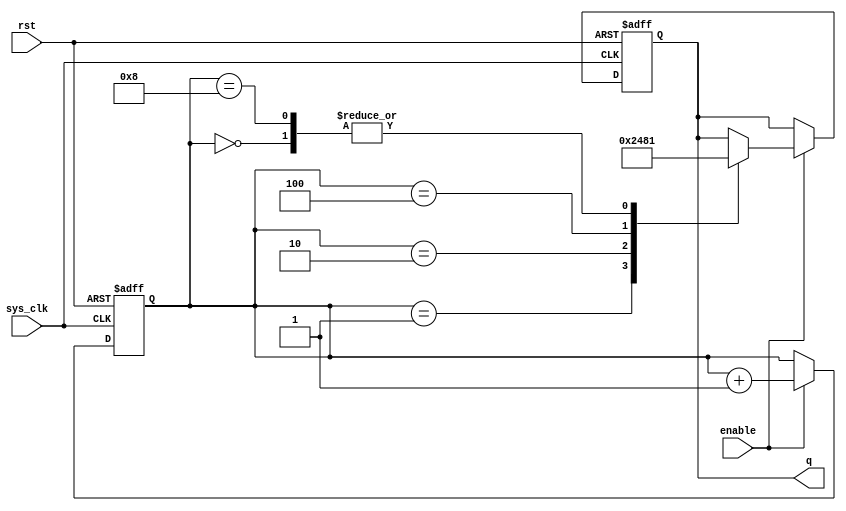
module johnson_counter_clock_divider (
    input wire sys_clk,
    input wire rst,
    input wire enable,
    output reg [3:0] q
);

reg [7:0] counter;

always @(posedge sys_clk or posedge rst) begin
    if (rst) begin
        counter <= 8'b0;
        q <= 4'b0000;
    end else if (enable) begin
        counter <= counter + 1;
        
        case (counter)
            8'b0000 : q <= 4'b0001;
            8'b0001 : q <= 4'b0010;
            8'b0010 : q <= 4'b0100;
            8'b0100 : q <= 4'b1000;
            8'b1000 : q <= 4'b0001;
            default : q <= q;
        endcase
    end
end

endmodule